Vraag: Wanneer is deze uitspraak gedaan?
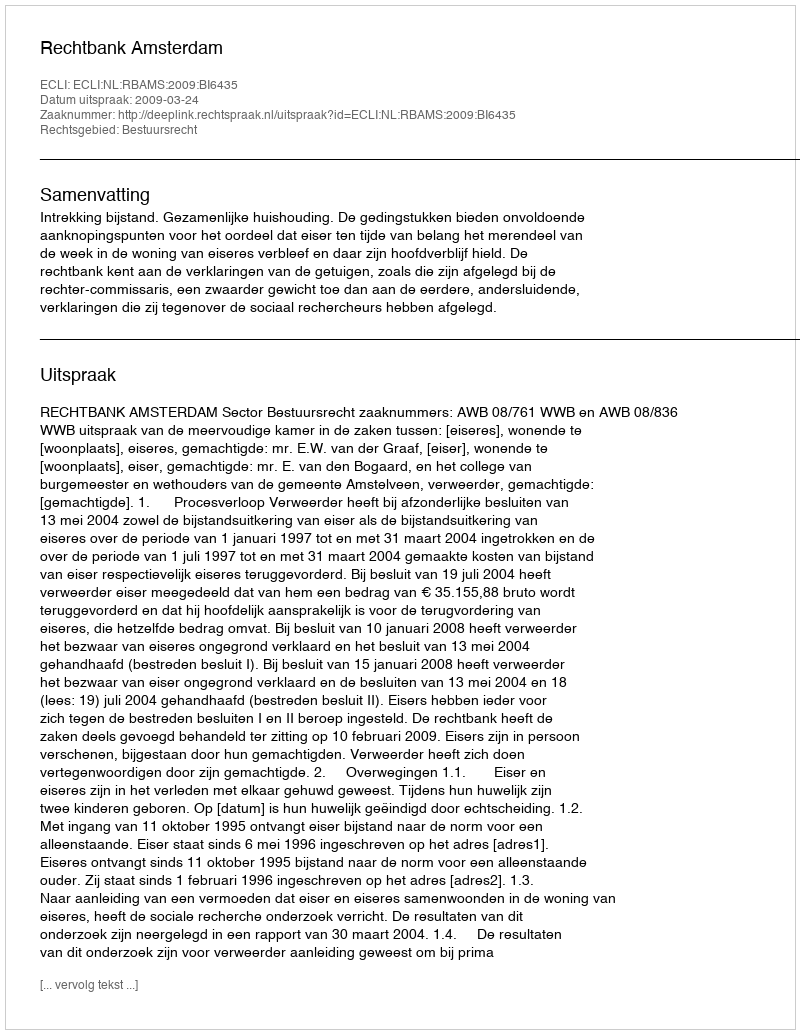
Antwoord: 2009-03-24